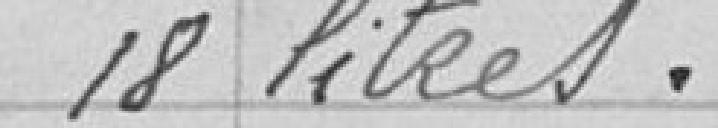
18 litres.